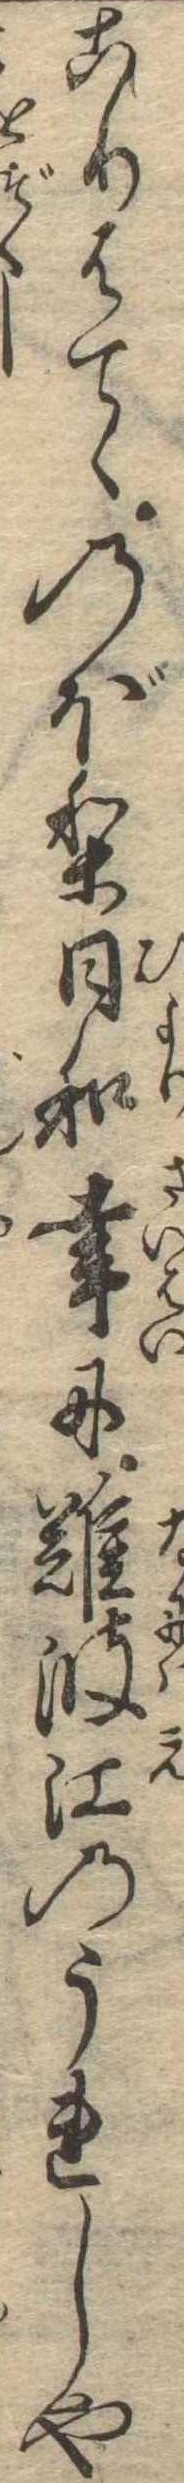
こりはてゝのぼり日和幸に難波江のうれしや